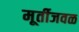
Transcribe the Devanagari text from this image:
मूर्तीजवळ